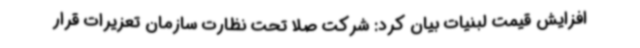
افزایش قیمت لبنیات بیان کرد: شرکت صلا تحت نظارت سازمان تعزیرات قرار